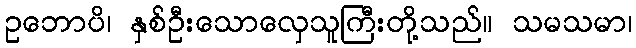
ဥဘောပိ၊ နှစ်ဦးသောလှေသူကြီးတို့သည်။ သမသမာ၊